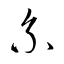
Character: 系